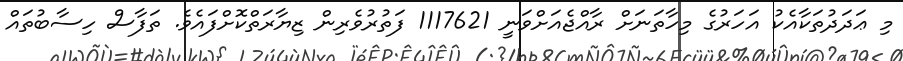
މި ޢަދަދުތަކާއެކު އަހަރުގެ މިހާތަނަށް ރާއްޖެއަށްވަނީ 1117621 ފަތުރުވެރިން ޒިޔާރަތްކޮށްފައެވެ. ތަފާސް ހިސާބުތައް